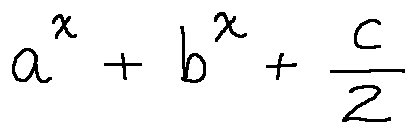
a ^ { x } + b ^ { x } + \frac { c } { 2 }